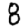
Digit: 8